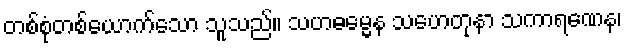
တစ်စုံတစ်ယောက်သော သူသည်။ သဟဓမ္မေန သဟေတုနာ သကာရဏေန၊